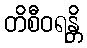
တိစီဝရန္တိ